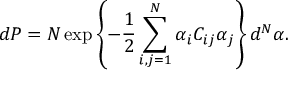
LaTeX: d P = { \cal N } \exp \left\{ - \frac { 1 } { 2 } \sum _ { i , j = 1 } ^ { N } \alpha _ { i } C _ { i j } \alpha _ { j } \right\} d ^ { N } \alpha .